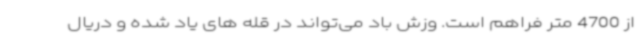
از 4700 متر فراهم است. وزش باد می‌تواند در قله های یاد شده و دریال